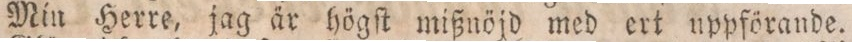
Min Herre, jag är högſt mißnöjd med ert uppförande.